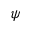
\psi